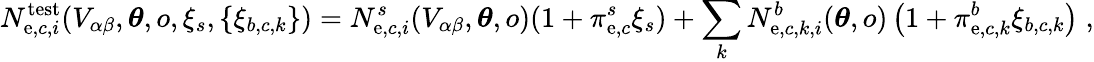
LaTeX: N_{\mathrm{e},c,i}^{\mathrm{{t\mathrm{e}st}}}(V_{\alpha\beta},\boldsymbol{\theta},o,\xi_{s},\left\{ \xi_{b,c,k}\right\} )=N_{\mathrm{e},c,i}^{s}(V_{\alpha\beta},\boldsymbol{\theta},o)(1+\pi_{\mathrm{e},c}^{s}\xi_{s})+\sum_{k}N_{\mathrm{e},c,k,i}^{b}(\boldsymbol{\theta},o)\left(1+\pi_{\mathrm{e},c,k}^{b}\xi_{b,c,k}\right)\; ,